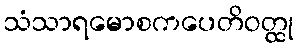
သံသာရမောစကပေတိဝတ္ထု